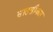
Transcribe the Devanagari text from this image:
साहस्त्रीकार